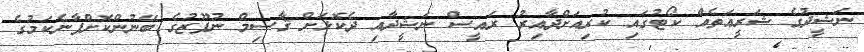
ނަޝީދުގެ ޝަރީޢަތެއް ކޯޓުގައި ކުރިއަށްދާއިރު ރައީސް ނަޝީދާއި ދެކޮޅަށް ޤާސިމް ނުފޫޒުގެ ބޭނުންކޮށްފާނެކަމުގެ